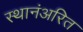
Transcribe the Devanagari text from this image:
स्थानंअरित